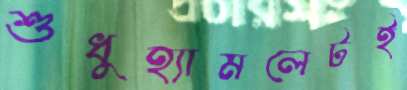
শুধুহ্যামলেটই